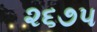
૨૬૭૫